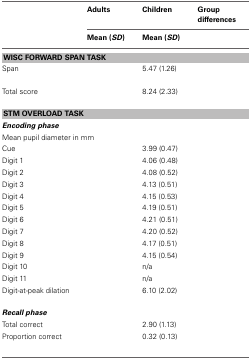
<table><thead><tr><td>[EMPTY_CELL]</td><td><b>Adults</b></td><td><b>Children</b></td><td><b>Group differences</b></td></tr><tr><td>[EMPTY_CELL]</td><td><b>Mean (<i>SD</i>)</b></td><td><b>Mean (<i>SD</i>)</b></td><td>[EMPTY_CELL]</td></tr></thead><tbody><tr><td colspan="4"><b>WISC FORWARD SPAN TASK</b></td></tr><tr><td>Span</td><td>[EMPTY_CELL]</td><td>5.47 (1.26)</td><td>[EMPTY_CELL]</td></tr><tr><td>Total score</td><td>[EMPTY_CELL]</td><td>8.24 (2.33)</td><td>[EMPTY_CELL]</td></tr><tr><td colspan="4"><b>STM OVERLOAD TASK</b></td></tr><tr><td colspan="4"><b><i>Encoding phase</i></b></td></tr><tr><td colspan="3">Mean pupil diameter in mm</td><td>[EMPTY_CELL]</td></tr><tr><td>Cue</td><td>[EMPTY_CELL]</td><td>3.99 (0.47)</td><td>[EMPTY_CELL]</td></tr><tr><td>Digit 1</td><td>[EMPTY_CELL]</td><td>4.06 (0.48)</td><td>[EMPTY_CELL]</td></tr><tr><td>Digit 2</td><td>[EMPTY_CELL]</td><td>4.08 (0.52)</td><td>[EMPTY_CELL]</td></tr><tr><td>Digit 3</td><td>[EMPTY_CELL]</td><td>4.13 (0.51)</td><td>[EMPTY_CELL]</td></tr><tr><td>Digit 4</td><td>[EMPTY_CELL]</td><td>4.15 (0.53)</td><td>[EMPTY_CELL]</td></tr><tr><td>Digit 5</td><td>[EMPTY_CELL]</td><td>4.19 (0.51)</td><td>[EMPTY_CELL]</td></tr><tr><td>Digit 6</td><td>[EMPTY_CELL]</td><td>4.21 (0.51)</td><td>[EMPTY_CELL]</td></tr><tr><td>Digit 7</td><td>[EMPTY_CELL]</td><td>4.20 (0.52)</td><td>[EMPTY_CELL]</td></tr><tr><td>Digit 8</td><td>[EMPTY_CELL]</td><td>4.17 (0.51)</td><td>[EMPTY_CELL]</td></tr><tr><td>Digit 9</td><td>[EMPTY_CELL]</td><td>4.15 (0.54)</td><td>[EMPTY_CELL]</td></tr><tr><td>Digit 10</td><td>[EMPTY_CELL]</td><td>n/a</td><td>[EMPTY_CELL]</td></tr><tr><td>Digit 11</td><td>[EMPTY_CELL]</td><td>n/a</td><td>[EMPTY_CELL]</td></tr><tr><td>Digit-at-peak dilation</td><td>[EMPTY_CELL]</td><td>6.10 (2.02)</td><td>[EMPTY_CELL]</td></tr><tr><td colspan="4"><b><i>Recall phase</i></b></td></tr><tr><td>Total correct</td><td>[EMPTY_CELL]</td><td>2.90 (1.13)</td><td>[EMPTY_CELL]</td></tr><tr><td>Proportion correct</td><td>[EMPTY_CELL]</td><td>0.32 (0.13)</td><td>[EMPTY_CELL]</td></tr></tbody></table>